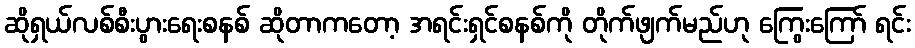
ဆိုရှယ်လစ်စီးပွားရေးစနစ် ဆိုတာကတော့ အရင်းရှင်စနစ်ကို တိုက်ဖျက်မည်ဟု ကြွေးကြော် ရင်း